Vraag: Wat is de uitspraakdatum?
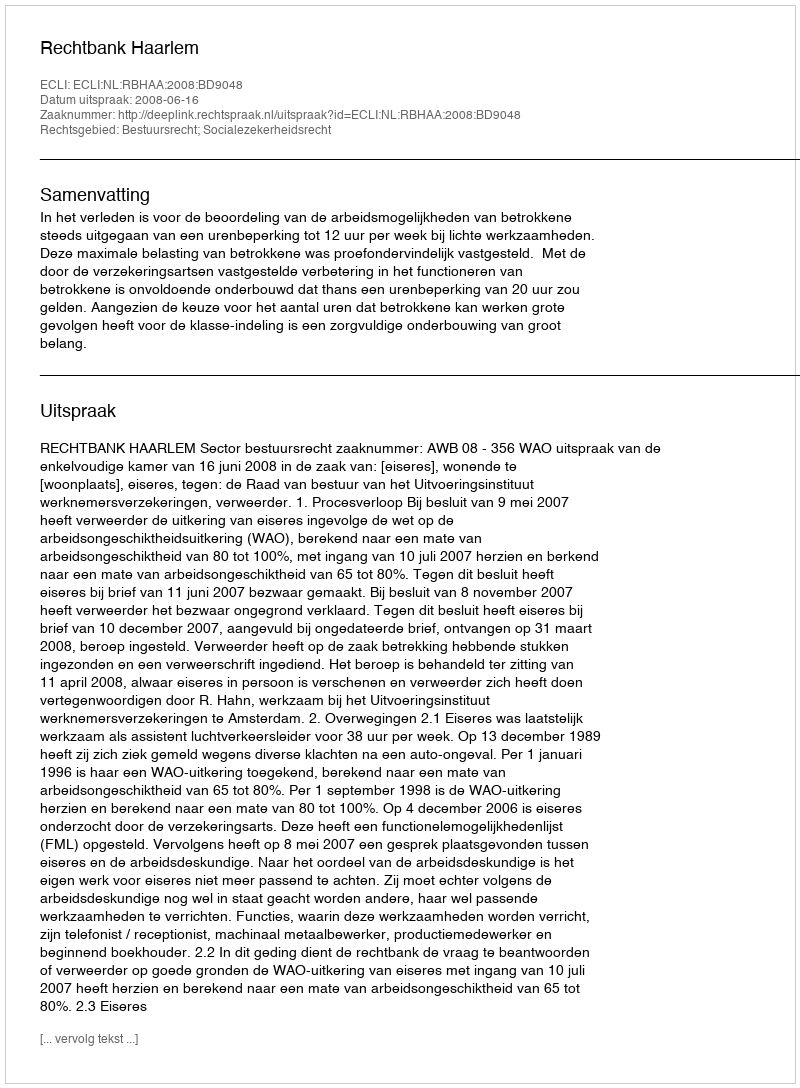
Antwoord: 2008-06-16